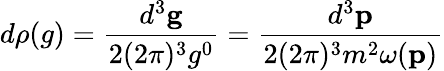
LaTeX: d\rho(g)=\frac{d^{3}{\mathbf g}}{2(2\pi)^{3}g^{0}}=\frac{d^{3}{\mathbf p}}{2(2\pi)^{3}m^{2}\omega({\mathbf p})}